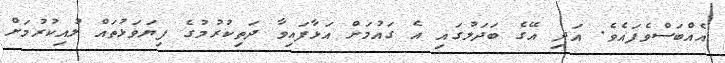
އެއްބަސްވެފައެވެ. އަދި އޭގެ ބަދަލުގައި އެ ގައުމަށް އަޅާފައިވާ ދަތިކުރުމުގެ ފިޔަވަޅުތައް ލުއިކުރުމަށް